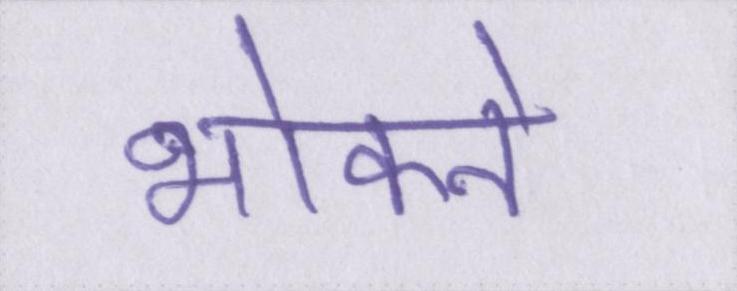
भोकने